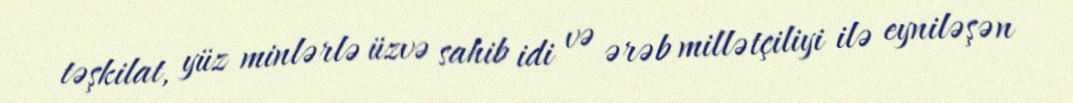
təşkilat, yüz minlərlə üzvə sahib idi və ərəb millətçiliyi ilə eyniləşən